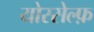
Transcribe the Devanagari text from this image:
योरसेल्फ़